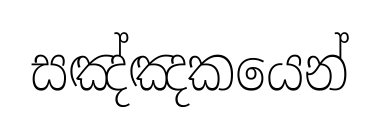
සඤ්ඤකයෙන්